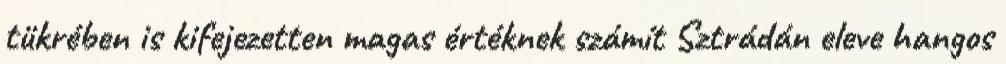
tükrében is kifejezetten magas értéknek számít Sztrádán eleve hangos